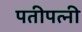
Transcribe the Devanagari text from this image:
पतीपत्‍नी